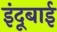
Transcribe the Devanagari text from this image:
इंदूबाई